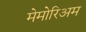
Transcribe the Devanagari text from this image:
मेमोरिअम